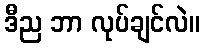
ဒီည ဘာ လုပ်ချင်လဲ။